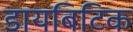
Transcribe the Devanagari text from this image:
डायबिटिक